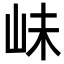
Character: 𡶎